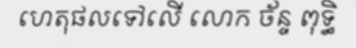
ហេតុផលទៅលើ លោក ច័ន្ទ ពុទ្ធិ